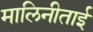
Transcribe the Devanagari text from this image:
मालिनीताई